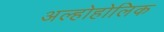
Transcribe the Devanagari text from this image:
अल्होहोलिक